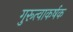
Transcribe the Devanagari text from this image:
गुरूत्वाकर्षक